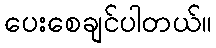
ပေးစေချင်ပါတယ်။